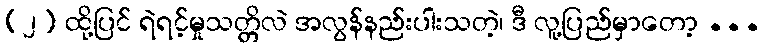
(၂) ထို့ပြင် ရဲရင့်မှုသတ္တိလဲ အလွန်နည်းပါးသတဲ့၊ ဒီ လူ့ပြည်မှာတော့ ...